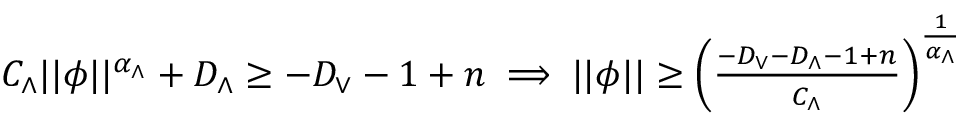
\begin{array} { r } { C _ { \wedge } \vert \vert \phi \vert \vert ^ { \alpha _ { \wedge } } + D _ { \wedge } \geq - D _ { \vee } - 1 + n \implies \vert \vert \phi \vert \vert \geq \left( \frac { - D _ { \vee } - D _ { \wedge } - 1 + n } { C _ { \wedge } } \right) ^ { \frac { 1 } { \alpha _ { \wedge } } } \, } \end{array}